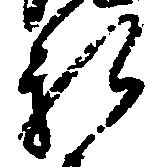
新